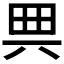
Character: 𠔓